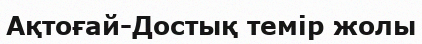
Ақтоғай-Достық темір жолы